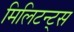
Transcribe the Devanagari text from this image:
मिलिटन्ट्स